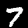
Label: 7